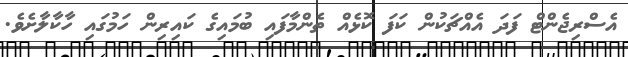
އެސްްރިޖެންޓް ފަދަ އެއްޗަކުން ކަފަ ކޮޅެއް ތެންމާފައި ބުމައިގެ ކައިރިން ހަމުގައި ހާކާލާށެވެ.